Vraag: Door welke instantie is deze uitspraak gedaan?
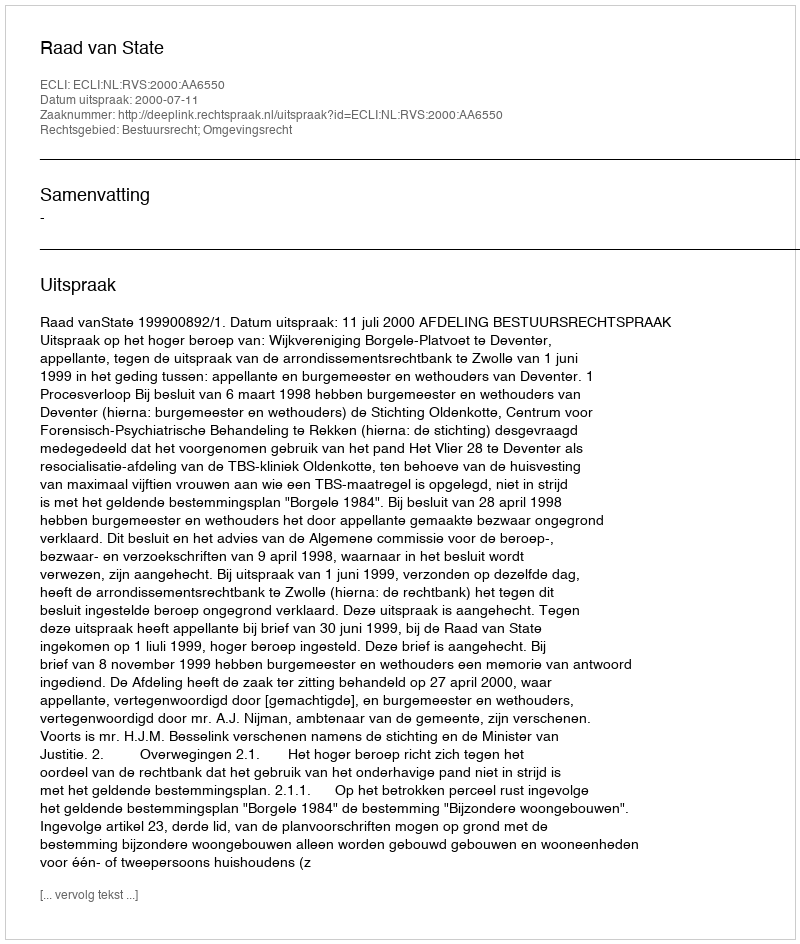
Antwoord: Raad van State